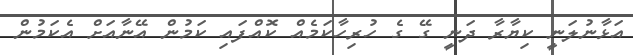
އަޅާނުލަނީ ކިޔާރާ ދަނީ ގޭ ގެ ހުރިހާކަމެއް ކޮއްފައި ކަމުން އޭނާއަށް އެކަމުން